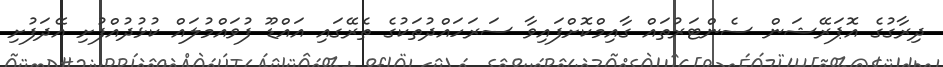
ދިރާގުގެ އޮޕަރޭޝަން ސެންޓަރުތައް ގާއިމްކޮށްފައިވާ ސަރަހައްދުތަކުގެ ތެރޭގައި އައްޑޫ ފުވައްމުލައް ކުޅުދުއްފުށި އޭދަފުށި